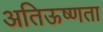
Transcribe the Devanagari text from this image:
अतिऊष्णता